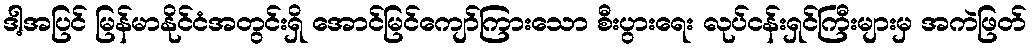
ဒါ့အပြင် မြန်မာနိုင်ငံအတွင်းရှိ အောင်မြင်ကျော်ကြားသော စီးပွားရေး လုပ်ငန်းရှင်ကြီးများမှ အကဲဖြတ်